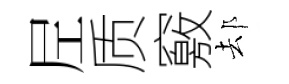
𡰱质竅𨚫